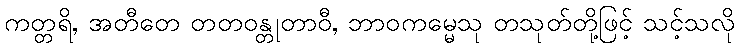
ကတ္တရိ, အတီတေ တတဝန္တုတာဝီ, ဘာဝကမ္မေသု တသုတ်တို့ဖြင့် သင့်သလို